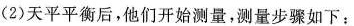
(2)天平平衡后，他们开始测量，测量步骤如下：